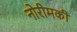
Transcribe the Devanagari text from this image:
नोरीमकी